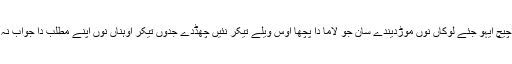
رنپوچے اچیچ ایہو جئے لوکاں نوں موڑدیندے سان جو لاما دا پچھا اوس ویلے تیکر نئیں چھڈدے جدوں تیکر اوہناں نوں اپنے مطلب دا جواب نہ مل جاۓ۔